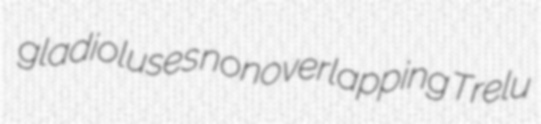
gladioluses nonoverlapping Trelu